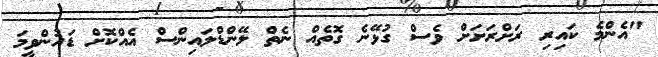
"އެންމެ ކައިރި ރަށްރަށަށް ވެސް ގުޅޭނެ ގޮތެއް ނެތް ލޭންޑްލައިންސް އެއްކޮށް ޑައުންވީމަ